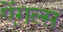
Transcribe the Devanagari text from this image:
ऐंगल्स